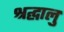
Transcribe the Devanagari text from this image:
श्रद्घालु